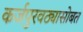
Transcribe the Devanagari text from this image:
कर्जपुरवठ्यासोबत